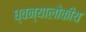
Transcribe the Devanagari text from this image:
ध्वन्यालोकीय